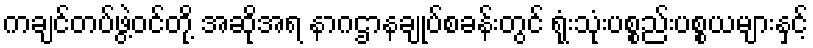
ကချင်တပ်ဖွဲ့ဝင်တို့ အဆိုအရ နာဂဌာနချုပ်စခန်းတွင် ရုံးသုံးပစ္စည်းပစ္စယများနှင့်